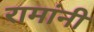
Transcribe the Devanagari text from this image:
रामांनी